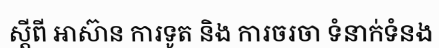
ស្តីពី អាស៊ាន ការទូត និង ការចរចា ទំនាក់ទំនង